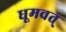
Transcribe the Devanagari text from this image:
धूमवत्